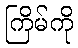
ကြိမ်ကို